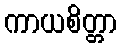
ကာယစိတ္တာ